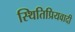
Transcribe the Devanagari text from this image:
स्थितिप्रियवादी